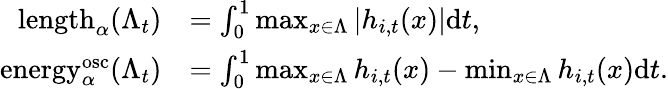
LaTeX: \begin{array}{rl}{\mathrm{length}_{\alpha}(\Lambda_{t})}&{=\int_{0}^{1}\operatorname*{max}_{x\in\Lambda}\left|h_{i,t}(x)\right|\mathrm{d}t,}\\ {\mathrm{energy}_{\alpha}^{\mathrm{osc}}(\Lambda_{t})}&{=\int_{0}^{1}\operatorname*{max}_{x\in\Lambda}h_{i,t}(x)-\operatorname*{min}_{x\in\Lambda}h_{i,t}(x)\mathrm{d}t.}\end{array}